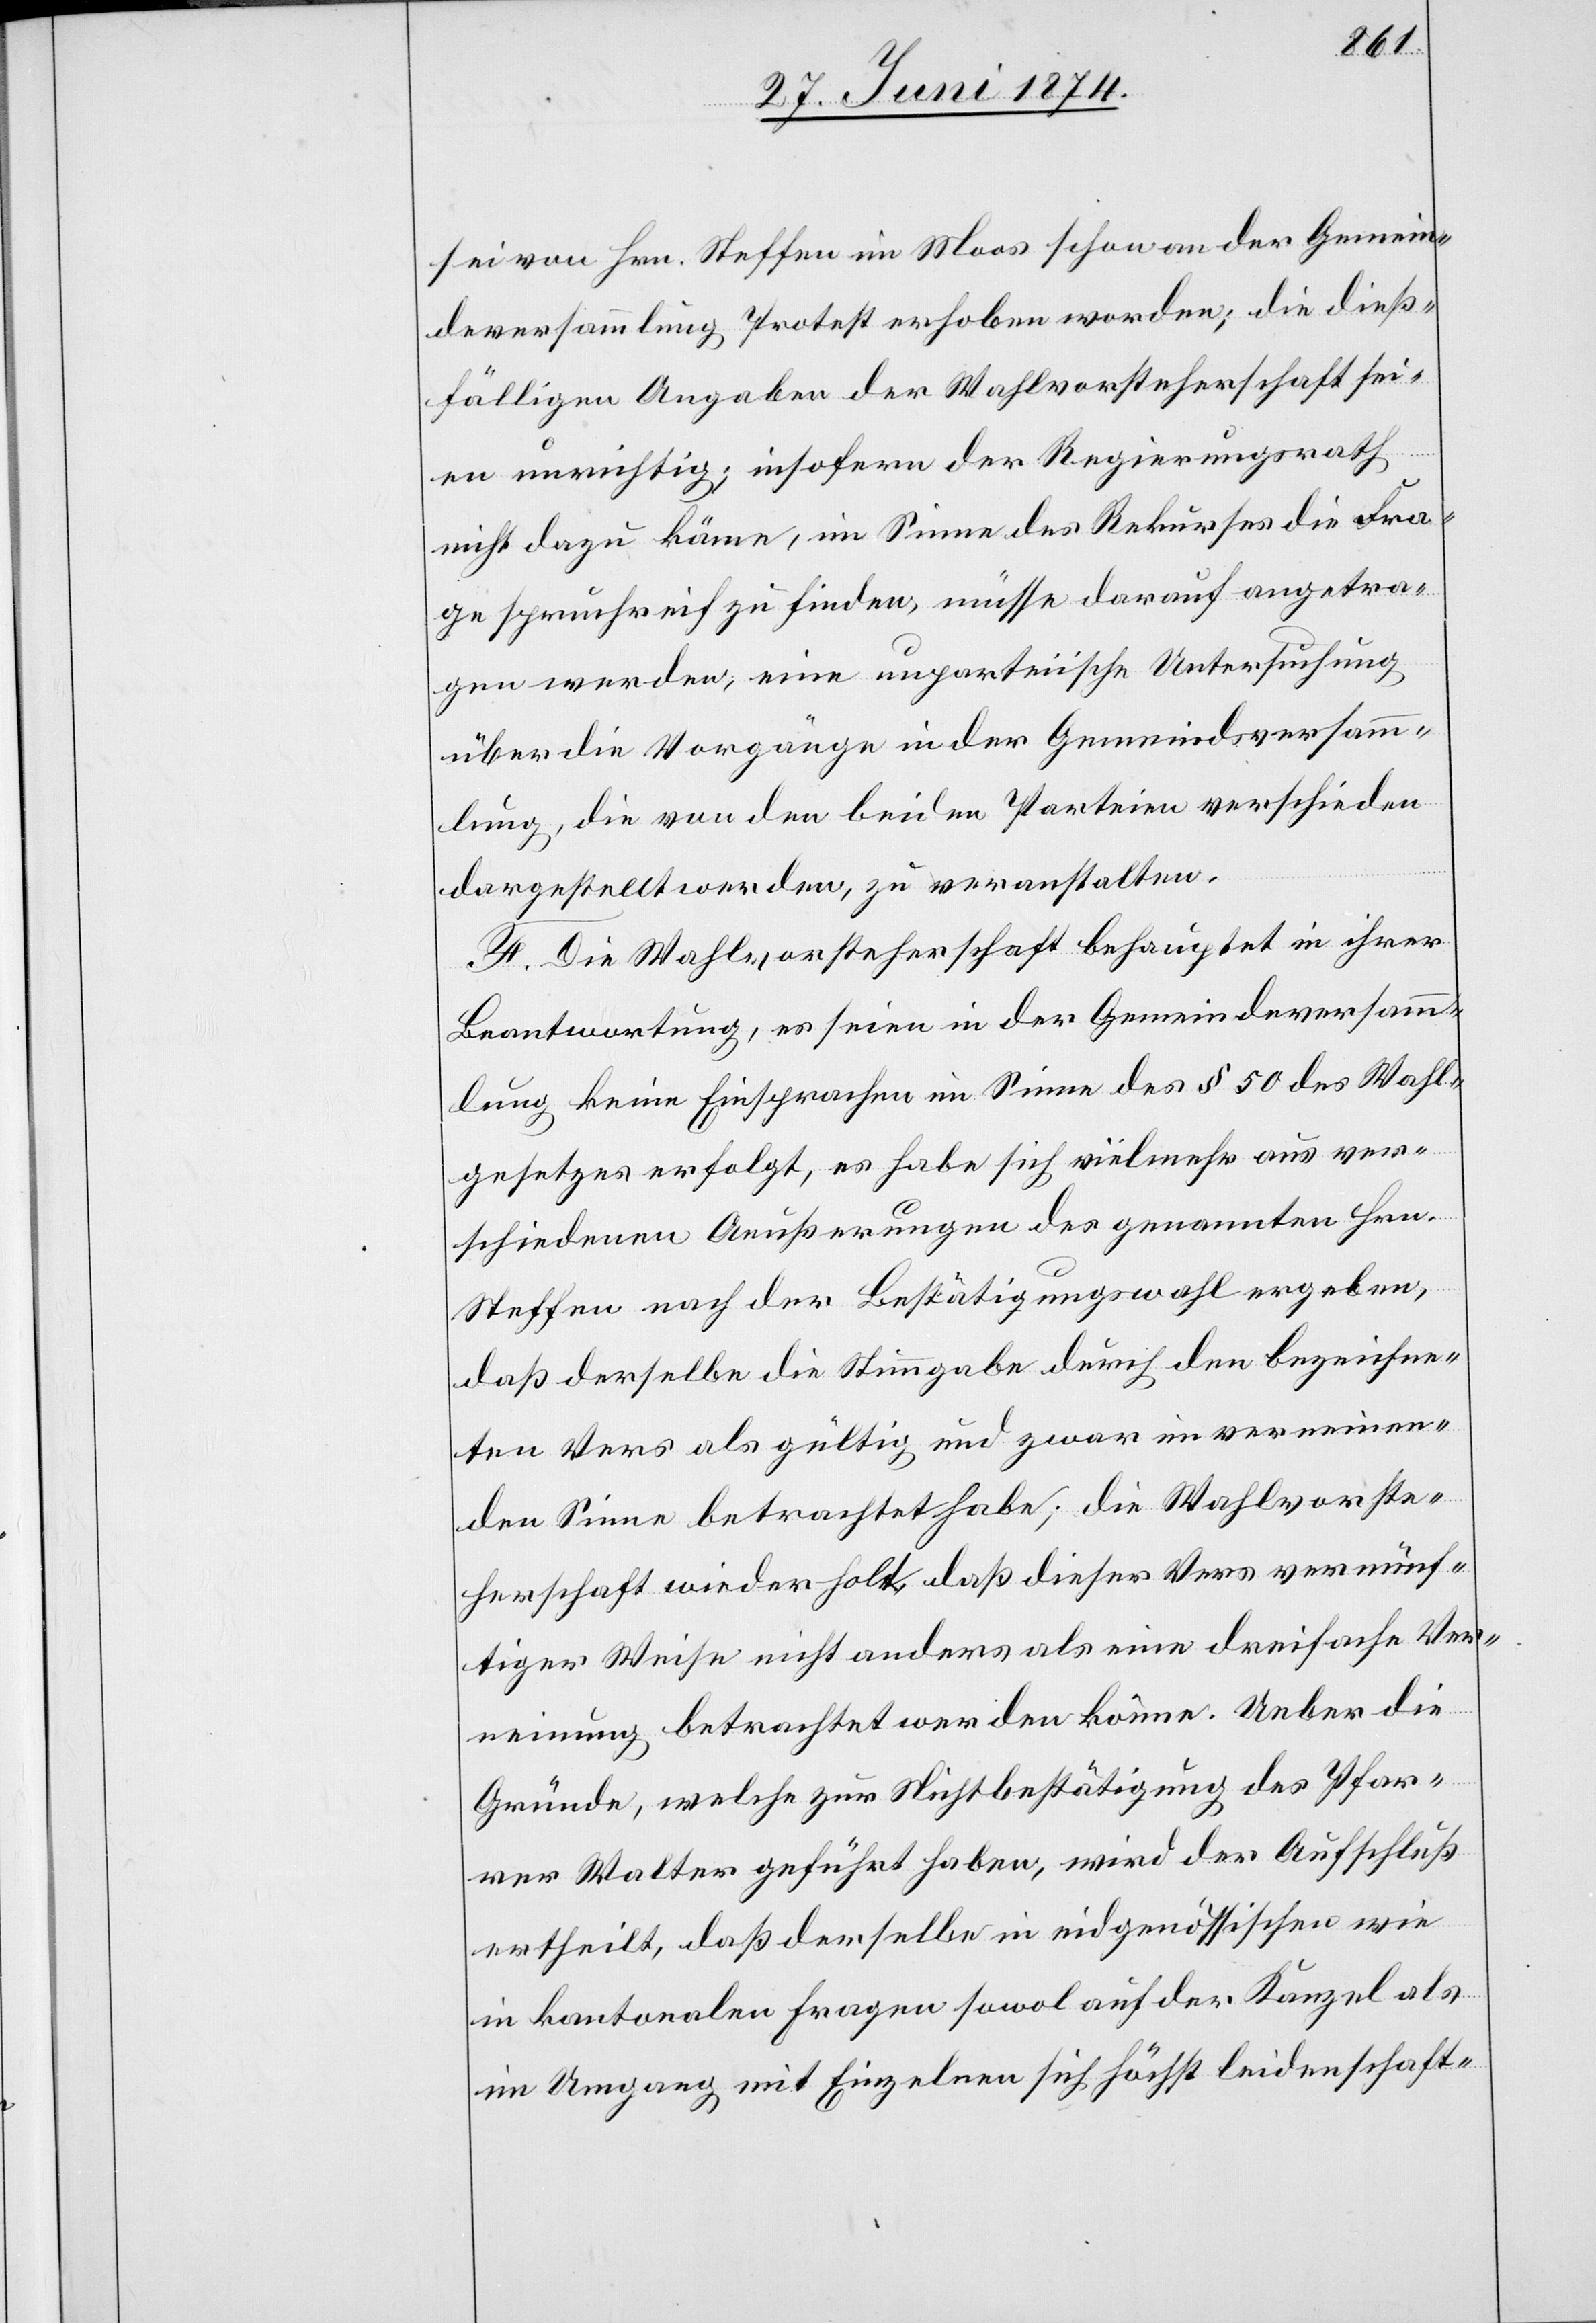
sei von Hrn. Steffen im Moos schon an der Gemein¬
deversammlung Protest erhoben worden; die dieß¬
fälligen Angaben der Wahlvorsteherschaft sei¬
en unrichtig; insofern der Regierungsrath
nicht dazu käme, im Sinne des Rekurses die Fra¬
ge spruchreif zu finden, müsse darauf angetra¬
gen werden, eine unparteiische Untersuchung
über die Vorgänge in der Gemeindsversamm¬
lung, die von den beiden Parteien verschieden
dargestellt werden, zu veranstalten.
F. Die Wahlvorsteherschaft behauptet in ihrer
Beantwortung, es seien in der Gemeindeversamm¬
lung keine Einsprachen im Sinne des § 50 des Wahl¬
gesetzes erfolgt, es habe sich vielmehr aus ver¬
schiedenen Aeußerungen des genannten Hrn.
Steffen nach der Bestätigungswahl ergeben,
daß derselbe die Stimmgabe durch den bezeichne¬
ten Vers als gültig und zwar im verneinen¬
den Sinne betrachtet habe; die Wahlvorste¬
herschaft wiederholt, daß dieser Vers vernünf¬
tiger Weise nicht anders als eine dreifache Ver¬
neinung betrachtet werden könne. Ueber die
Gründe, welche zur Nichtbestätigung des Pfar¬
rers Walter geführt haben, wird der Aufschluß
ertheilt, daß derselbe in eidgenössischen wie
in kantonalen Fragen sowol auf der Kanzel als
im Umgang mit Einzelnen sich höchst leidenschaft-